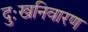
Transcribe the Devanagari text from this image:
दुःखनिवारण